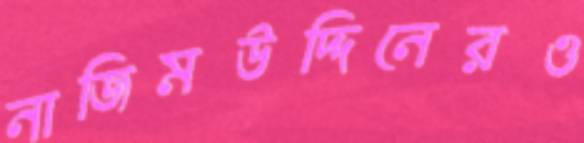
নাজিমউদ্দিনেরও